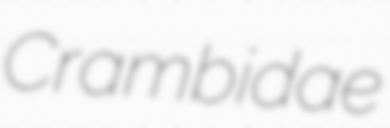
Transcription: Crambidae